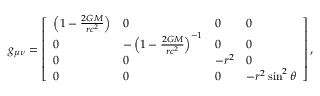
g _ { \mu \nu } = { \left[ \begin{array} { l l l l } { \left( 1 - { \frac { 2 G M } { r c ^ { 2 } } } \right) } & { 0 } & { 0 } & { 0 } \\ { 0 } & { - \left( 1 - { \frac { 2 G M } { r c ^ { 2 } } } \right) ^ { - 1 } } & { 0 } & { 0 } \\ { 0 } & { 0 } & { - r ^ { 2 } } & { 0 } \\ { 0 } & { 0 } & { 0 } & { - r ^ { 2 } \sin ^ { 2 } \theta } \end{array} \right] } \, ,